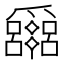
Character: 𤕈